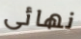
نهائى